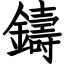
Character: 鑄